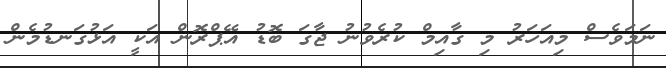
ނަމަވެސް މިއަހަރު މި ގާއިމް ކުރެވުނު ޖާގަ ބޮޑު އޭޕްރޮން އަކީ އަޅުގަނޑުމެން